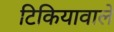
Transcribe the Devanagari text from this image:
टिकियावाले